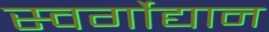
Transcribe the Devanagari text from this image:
स्वर्गोद्यान